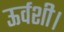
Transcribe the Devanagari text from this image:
ऊर्वशी।